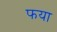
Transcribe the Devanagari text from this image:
फया